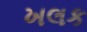
ખલક